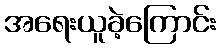
အရေးယူခဲ့ကြောင်း